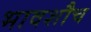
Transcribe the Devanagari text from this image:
भावशौच